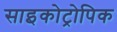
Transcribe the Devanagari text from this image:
साइकोट्रोपिक